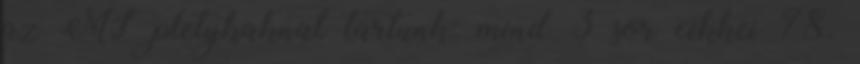
az M$ pletykaknal tartunk: mind 3 sor cikkei 78.